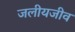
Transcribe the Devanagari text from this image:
जलीयजीव